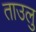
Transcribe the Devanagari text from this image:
ताउलु